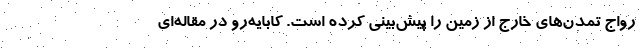
رواج تمدن‌های خارج از زمین را پیش‌بینی کرده است. کابایه‌رو در مقاله‌ای